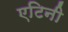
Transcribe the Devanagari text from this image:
एटिनी